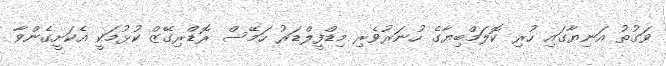
ވަގުތު އަނިޔާގައި ހުރި ކޮލަމްބިޔާގެ ހުނަރުވެރި މިޑްފީލްޑަރު ހަމޭސް ރޮޑްރިގޭޒް ކުޅުމަކީ އެކަށީގެންވާ